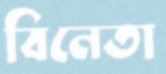
বিনেতা